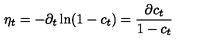
\eta _ { t } = - \partial _ { t } \ln ( 1 - c _ { t } ) = \frac { \partial c _ { t } } { 1 - c _ { t } }